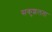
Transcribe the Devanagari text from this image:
सकुशलता